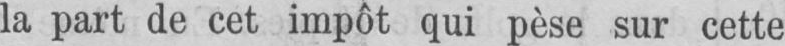
la part de cet impôt qui pèse sur cette